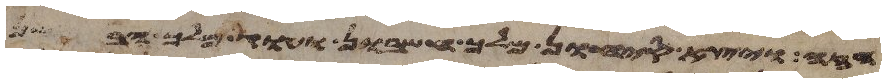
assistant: הזה ויצא סיחון מלך חשבון ועוג מלך הבשן